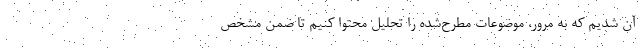
آن شدیم که به مرور، موضوعات مطرح‌شده را تحلیلِ محتوا کنیم تا ضمن مشخص